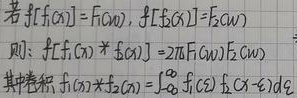
若\(\mathcal{F}[f_1(x)] = F_1(\omega)\)，\(\mathcal{F}[f_2(x)] = F_2(\omega)\)，则：
\(\mathcal{F}[f_1(x)*f_2(x)] = 2\pi F_1(\omega)F_2(\omega)\)
其中卷积\(f_1(x)*f_2(x)=\int_{-\infty}^{\infty}f_1(\xi)f_2(x - \xi)d\xi\)